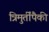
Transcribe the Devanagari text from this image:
त्रिमुर्तींपैकी